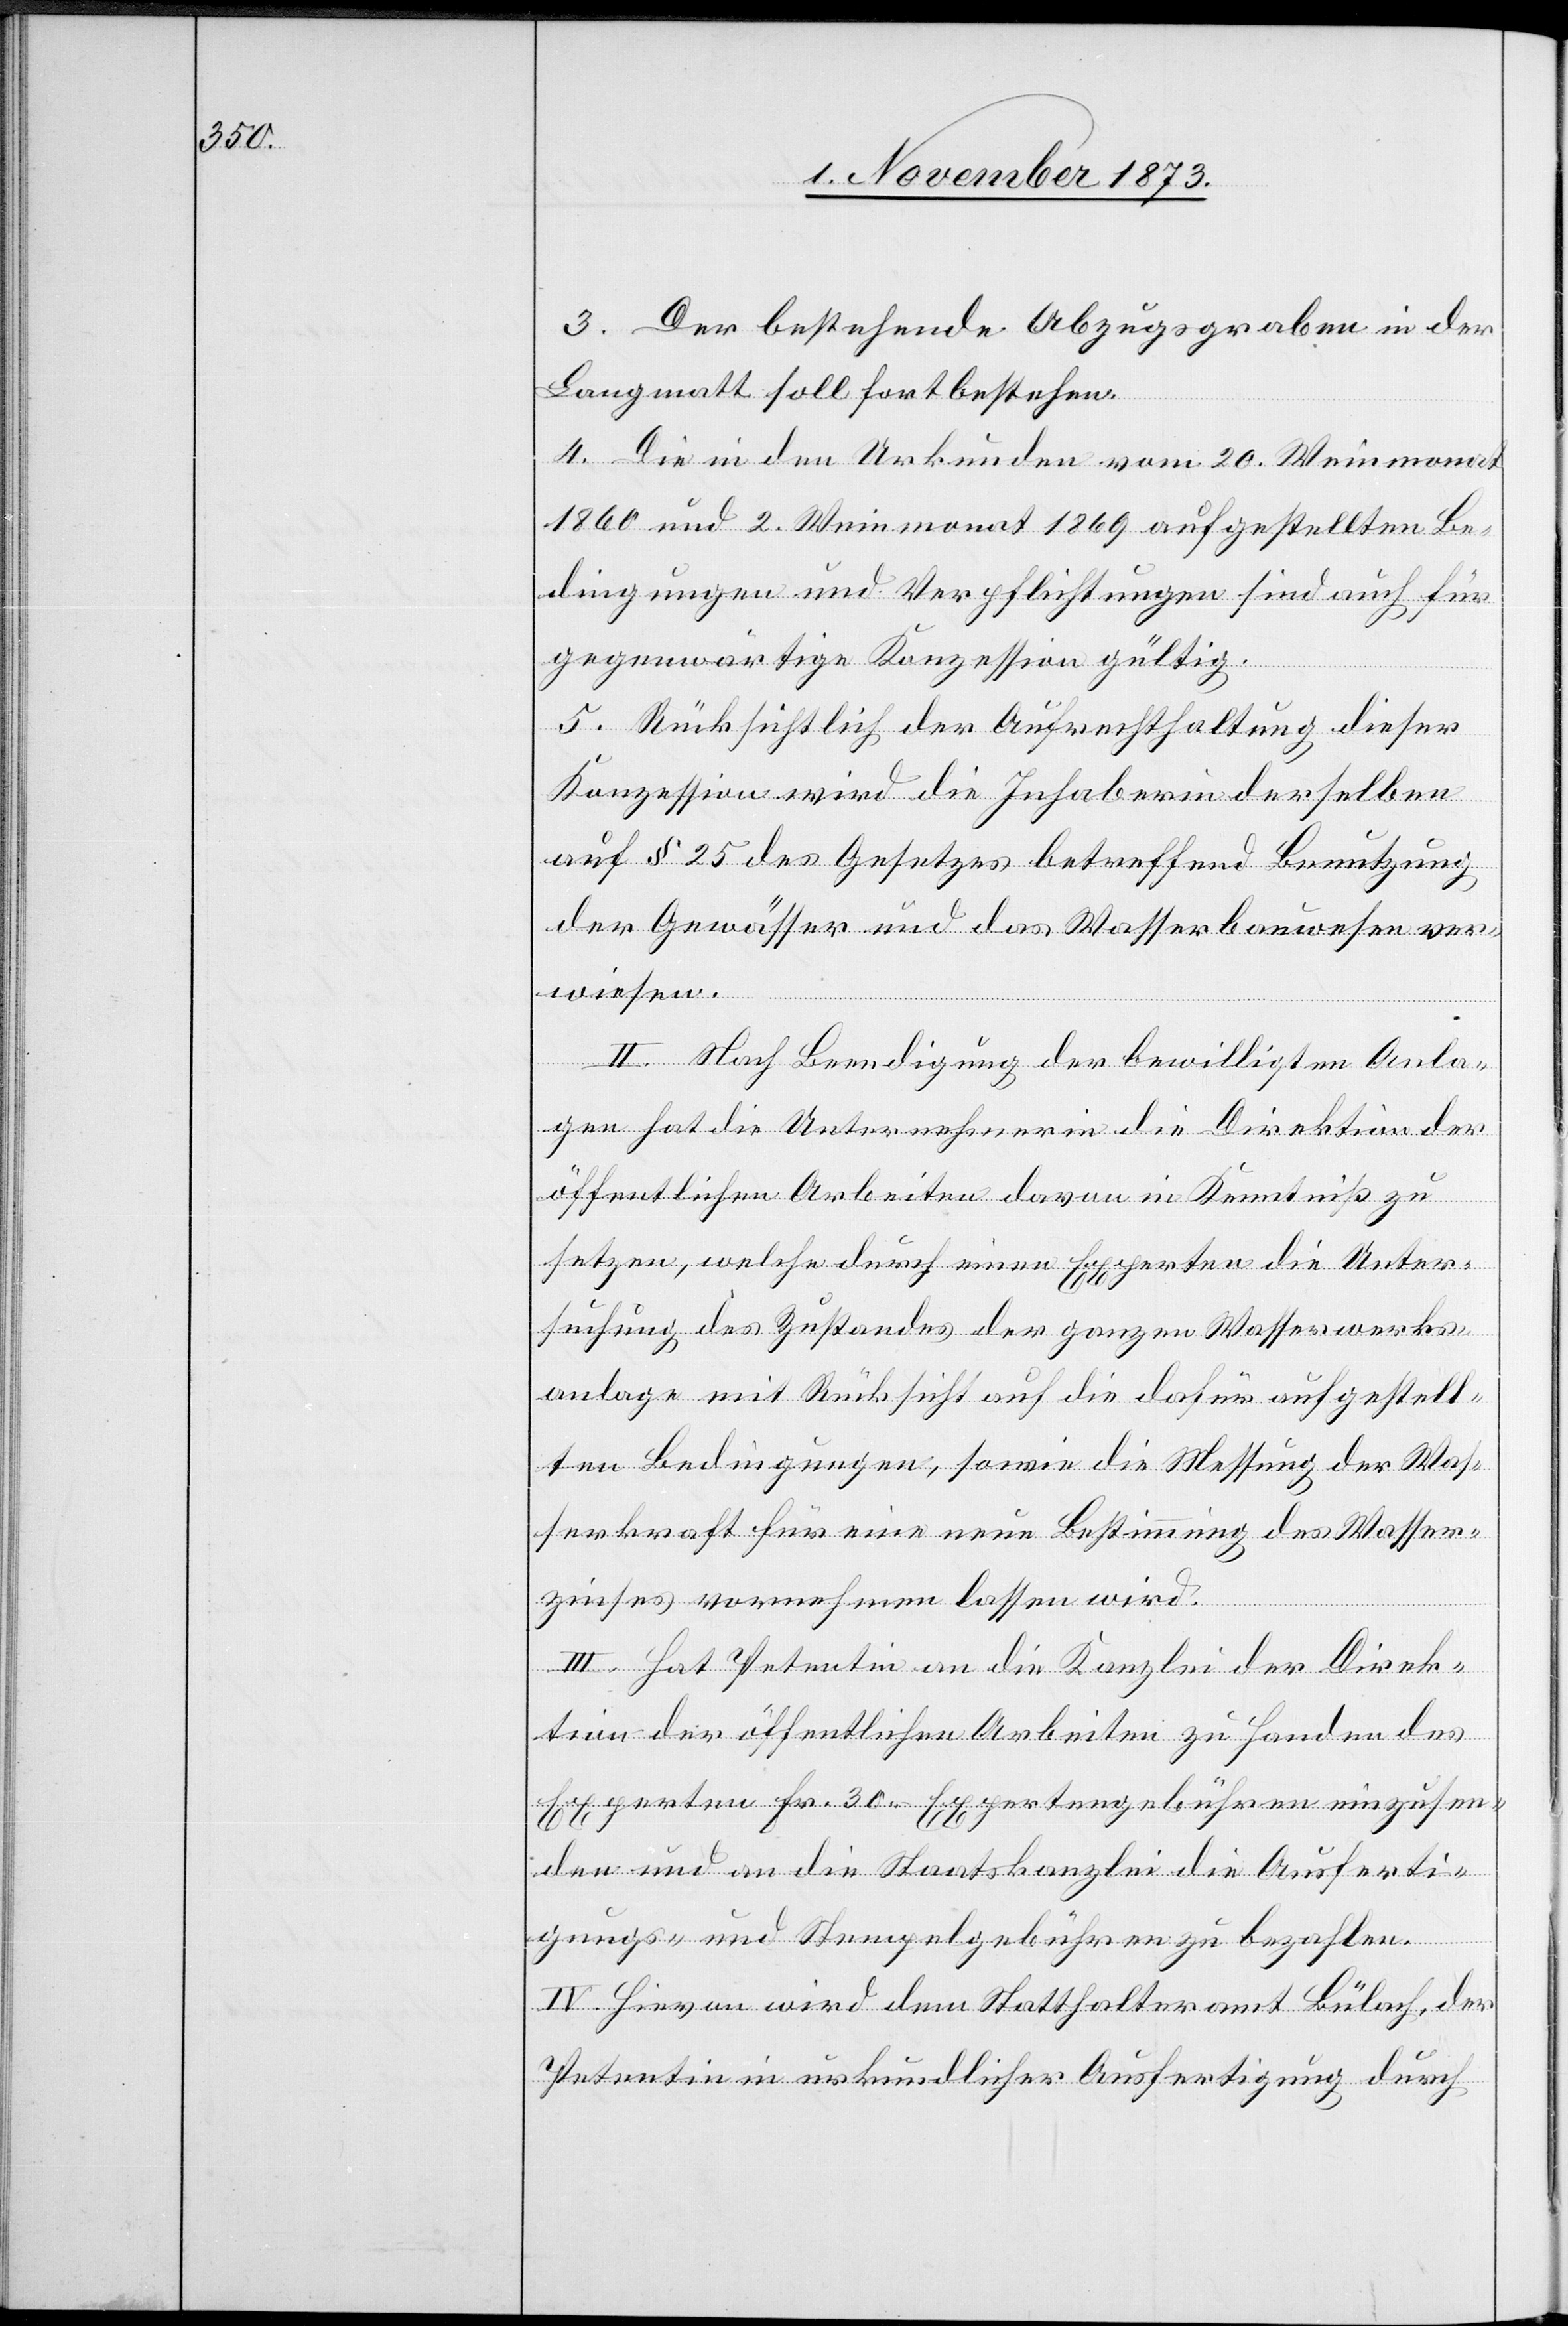
3. Der bestehende Abzugsgraben in der
Langmatt soll fortbestehen.
4. Die in den Urkunden vom 20. Weinmonat
1860 und 2. Weinmonat 1869 aufgestellten Be¬
dingungen und Verpflichtungen sind auch für
gegenwärtige Konzession gültig.
5. Rücksichtlich der Aufrechthaltung dieser
Konzession wird die Inhaberin derselben
auf § 25 des Gesetzes betreffend Benutzung
der Gewässer und das Wasserbauwesen ver¬
wiesen.
II. Nach Beendigung der bewilligten Anla¬
gen hat die Unternehmerin die Direktion der
öffentlichen Arbeiten davon in Kenntniß zu
setzen, welche durch einen Experten die Unter¬
suchung des Zustandes der ganzen Wasserwerks¬
anlage mit Rücksicht auf die dafür aufgestell¬
ten Bedingungen, sowie die Messung der Was¬
serkraft für eine neue Bestimmung des Wasser¬
zinses vornehmen lassen wird.
III. Hat Petentin an die Kanzlei der Direk¬
tion der öffentlichen Arbeiten zu Handen des
Experten Fr. 30 – Expertengebühren einzusen¬
den und an die Staatskanzlei die Ausferti¬
gungs- und Stempelgebühren zu bezahlen.
IV. Hievon wird dem Statthalteramt Bülach, der
Petentin in urkundlicher Ausfertigung durch